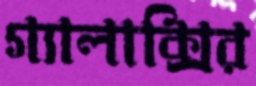
গ্যালাক্সির